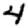
Digit: 4